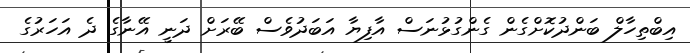
އިބްތިހާލް ބަންދުކޮށްގެން ގެންގުޅުނަސް އާފިޔާ އަބަދުވެސް ބޭރަށް ދަނީ އޭނާގެ ދެ އަހަރުގެ